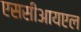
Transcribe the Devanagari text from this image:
एससीआयएल